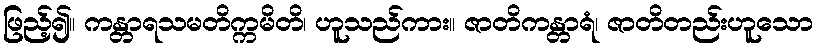
ဖြည့်၍။ ကန္တာရသမတိက္ကမိတိ၊ ဟူသည်ကား။ ဇာတိကန္တာရံ၊ ဇာတိတည်းဟူသော